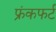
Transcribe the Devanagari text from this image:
फ्रंकफर्ट